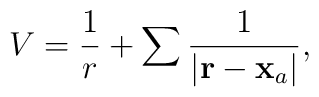
V = \frac{1}{r} + \sum { 1 \over |{\bf r}-\mathbf{x}_a |},